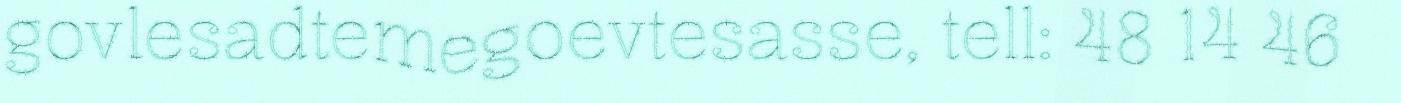
govlesadtemegoevtesasse, tell: 48 14 46